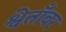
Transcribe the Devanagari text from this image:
श्वेताँबर